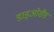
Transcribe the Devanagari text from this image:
डाइओसैस